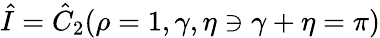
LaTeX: \hat{I}=\hat{C}_{2}(\rho=1,\gamma,\eta\ni\gamma+\eta=\pi)